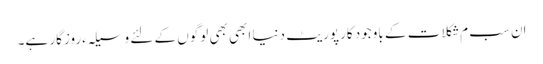
اِن سب م شکلات کے باوجود کارپوریٹ دنیا ابھی بھی لوگوں کے لئے وسیلہءروزگار ہے۔